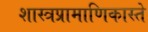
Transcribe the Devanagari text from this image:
शास्त्रप्रामाणिकास्ते